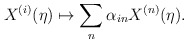
\begin{align*}X^{(i)}(\eta) \mapsto \sum_n \alpha_{in} X^{(n)}(\eta). \end{align*}